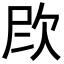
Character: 𪴫